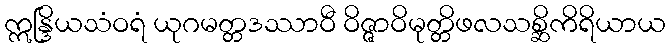
ဣန္ဒြိယသံဝရံ ယုဂမတ္တဒဿာဝီ ဝိဇ္ဇာဝိမုတ္တိဖလသစ္ဆိကိရိယာယ